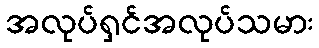
အလုပ်ရှင်အလုပ်သမား